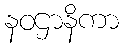
နဝဌာနိကာ